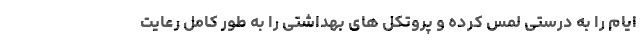
ایام را به درستی لمس کرده و پروتکل های بهداشتی را به طور کامل رعایت